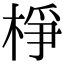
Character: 棦